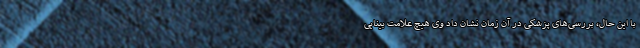
با این حال، بررسی‌های پزشکی در آن زمان نشان داد وی هیچ علامت بینایی